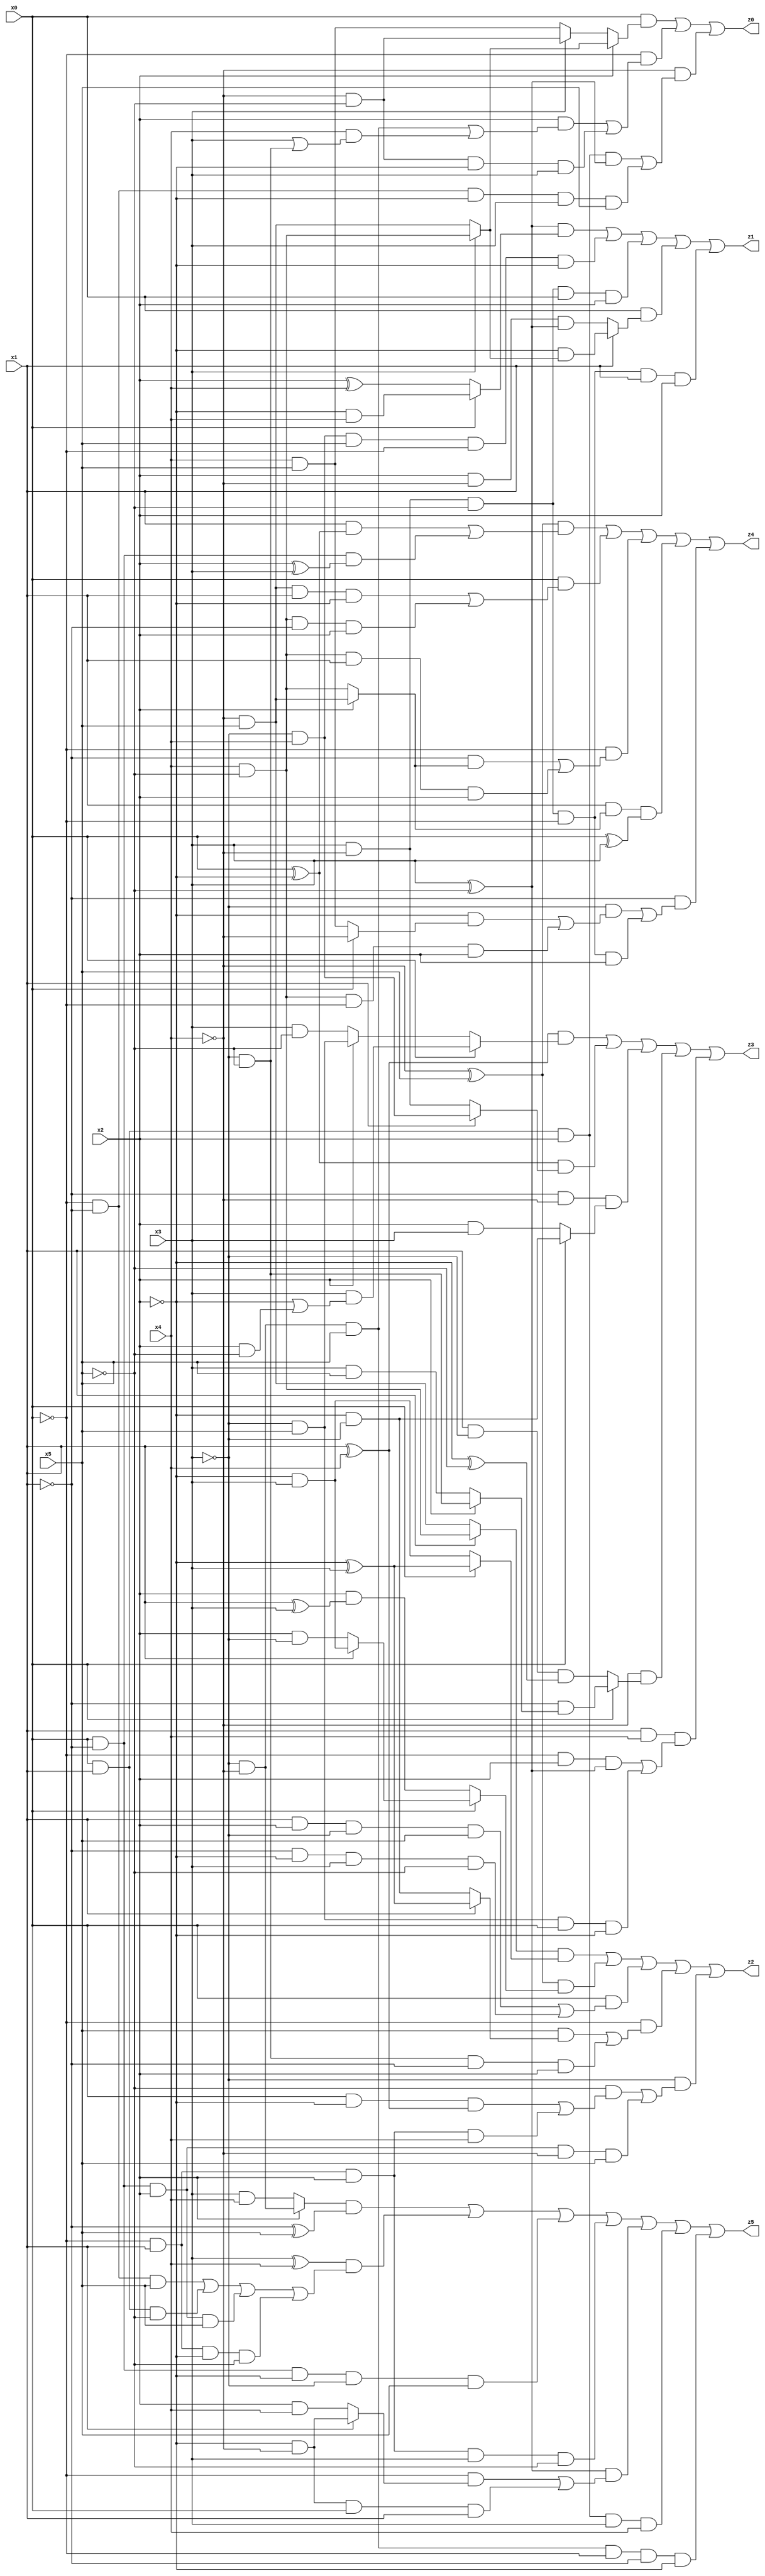
// Benchmark "X_61" written by ABC on Thu Jun 29 03:21:16 2023

module X_61 ( 
    x0, x1, x2, x3, x4, x5,
    z0, z1, z2, z3, z4, z5  );
  input  x0, x1, x2, x3, x4, x5;
  output z0, z1, z2, z3, z4, z5;
  assign z0 = (x0 & (x2 ? (x3 ? (x4 & ~x5) : (~x4 & x5)) : (x3 ? (~x4 & ~x5) : (x4 & x5)))) | (~x0 & ((x2 & ((~x3 & ~x4 & x5) | (x4 & (x3 | (~x3 & ~x5))))) | (~x4 & ~x5 & ~x2 & x3))) | (~x4 & ((x0 & x1 & x2 & (x3 ^ ~x5)) | (~x0 & ~x1 & ~x2 & x3 & x5)));
  assign z1 = ((x3 ^ ~x5) & (x0 ? (~x2 & x4) : (x2 ^ x4))) | (~x3 & x4 & x5 & ~x0 & ~x2) | (x3 & ~x4 & ~x5 & x0 & x2) | (x0 & (x1 ? (~x2 & (x3 ? (x4 & ~x5) : (~x4 & x5))) : (x2 & ~x4 & (x3 ^ ~x5)))) | (x3 & ~x4 & ~x5 & ~x0 & x1 & x2);
  assign z2 = ((x1 ? (x4 & ~x5) : (~x4 & x5)) & (x0 ? (~x2 ^ x3) : (~x2 & x3))) | ((~x4 ^ x5) & (x0 ? (x1 ? (~x2 & x3) : (x2 & ~x3)) : (x2 & (x1 ^ x3)))) | (x0 & ((x1 & x2 & ~x3 & x5) | (~x1 & ~x2 & x3 & ~x5))) | (~x0 & ((x5 & (x1 ? (~x2 ^ x3) : (~x2 & ~x3))) | (~x3 & ~x5 & ~x1 & x2))) | (~x3 & ((~x5 & ((x0 & ~x2 & (x1 ^ x4)) | (~x0 & x1 & x2 & x4))) | (x0 & ~x1 & x2 & ~x4 & x5)));
  assign z3 = ((x1 ^ x4) & (x0 ? (x3 & (~x2 | (x2 & ~x5))) : (x2 ? (~x3 & x5) : (x3 & ~x5)))) | ((x0 ^ ~x2) & (x1 ? (~x3 & x4) : (x3 & ~x4))) | (~x1 & ~x4 & (x0 ? (~x2 & ~x3) : (x2 & x3))) | (~x4 & (x0 ? (~x1 & (x2 ? (~x3 & ~x5) : (x3 & x5))) : (x1 & ~x3 & (~x2 ^ ~x5)))) | (x1 & x4 & ((~x0 & x2 & (x3 ^ ~x5)) | (~x3 & x5 & x0 & ~x2)));
  assign z4 = ((~x4 ^ x5) & ((x1 & (x0 ^ ~x2)) | (x0 & ~x1 & (x2 ^ x3)))) | (x0 & ((~x4 & x5 & x1 & ~x2) | (x4 & ~x5 & ~x1 & x2))) | (~x0 & ((~x1 & (x2 ? (~x4 & x5) : (x4 & ~x5))) | (x4 & ~x5 & x1 & x2))) | (x1 & (x2 ? (~x4 & x5) : (x4 & ~x5)) & (x0 ^ x3)) | (~x1 & ((~x3 & ((~x2 & (x0 ? ~x4 : (x4 & x5))) | (x4 & ~x5 & ~x0 & x2))) | (x3 & ~x4 & ~x5 & ~x0 & x2)));
  assign z5 = ((x2 ? (~x3 & ~x4) : (x3 & x4)) & (~x1 ^ x5)) | ((x3 ^ x4) & ((~x0 & ~x1 & x5) | (x0 & x1 & ~x5) | (x0 & ~x1 & x2 & x5) | (~x0 & x1 & ~x2 & ~x5))) | (x0 & ~x1 & ~x2 & ~x3 & x5) | (~x0 & x1 & x2 & x3 & ~x5) | ((x3 ^ ~x5) & ((~x0 & (x1 ? (~x2 & ~x4) : (x2 & x4))) | (~x2 & ~x4 & x0 & x1))) | (x0 & x1 & x2 & x3 & x4) | (~x3 & ~x4 & x5 & ~x0 & ~x1 & ~x2);
endmodule